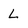
Character: L